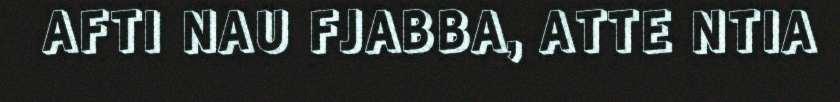
AFTI NAU FJABBA, ATTE NTIA